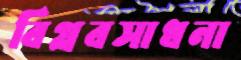
বিপ্লবসাধনা